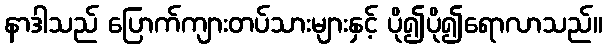
နာဒါသည် ပြောက်ကျားတပ်သားများနှင့် ပို၍ပို၍ရောလာသည်။